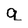
Character: g